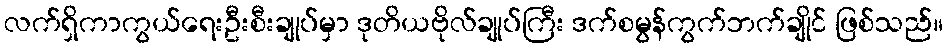
လက်ရှိကာကွယ်ရေးဦးစီးချုပ်မှာ ဒုတိယဗိုလ်ချုပ်ကြီး ဒက်စမွန်ကွက်ဘက်ချိုင် ဖြစ်သည်။